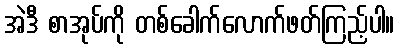
အဲဒီ စာအုပ်ကို တစ်ခေါက်လောက်ဖတ်ကြည့်ပါ။